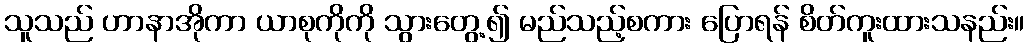
သူသည် ဟာနာအိုကာ ယာစုကိုကို သွားတွေ့၍ မည်သည့်စကား ပြောရန် စိတ်ကူးထားသနည်း။